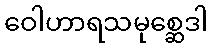
ဝေါဟာရသမုစ္ဆေဒါ